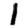
Digit: 1